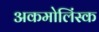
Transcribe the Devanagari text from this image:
अकमोलिंस्क